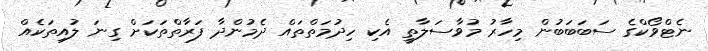
ނެޓްވޯކްގެ ސަބަބަބުން މިހާރު މުވާސަލާތީ އެކި ހިދުމަތްތައް ދެމުންދާ ފަރާތްތަކަށް ގިނަ ލުއިތަކެއް